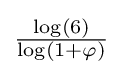
\textstyle {\frac {\log(6)}{\log(1+\varphi )}}